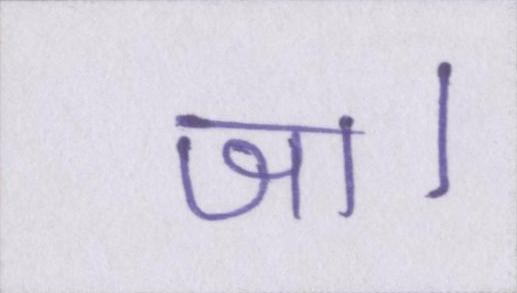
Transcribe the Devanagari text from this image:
जा।